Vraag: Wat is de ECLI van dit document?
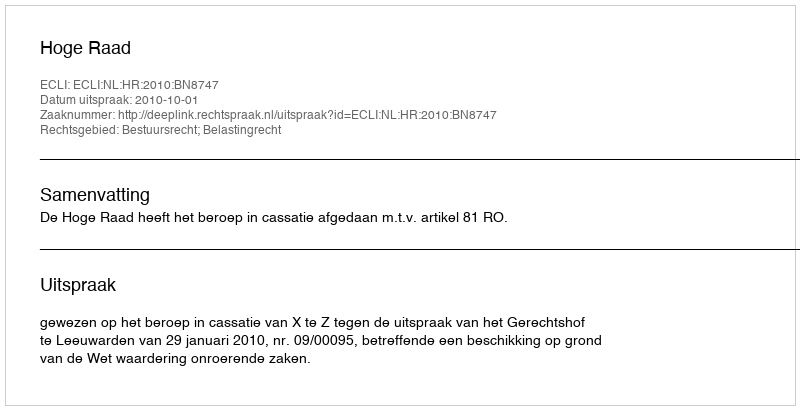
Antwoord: ECLI:NL:HR:2010:BN8747